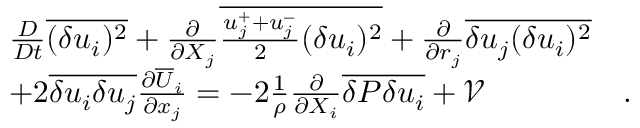
\begin{array} { r l r } & { \frac { D } { D t } \overline { { ( \delta u _ { i } ) ^ { 2 } } } + \frac { \partial } { \partial { X _ { j } } } \overline { { \frac { u _ { j } ^ { + } + u _ { j } ^ { - } } { 2 } ( \delta u _ { i } ) ^ { 2 } } } + \frac { \partial } { \partial { r _ { j } } } \overline { { \delta u _ { j } ( \delta u _ { i } ) ^ { 2 } } } } & \\ & { + 2 \overline { { \delta u _ { i } \delta u _ { j } } } \frac { \partial \overline { { U } } _ { i } } { \partial x _ { j } } = - 2 \frac { 1 } { \rho } \frac { \partial } { \partial { X _ { i } } } \overline { { \delta P \delta u _ { i } } } + \mathcal { V } } & { . } \end{array}